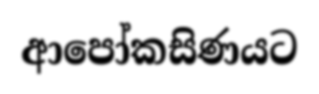
ආපෝකසිණයට